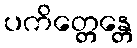
ပကိတ္တေန္တေ